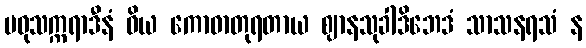
မဓုသက္ကရာဒီနံ ဝိယ ကောဓာတုရတာယ ဈာနသုခါဒိဘေဒံ သာသနရသံ န